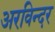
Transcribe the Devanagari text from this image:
अरविन्दर